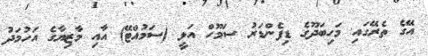
އޭގެ ތެރޭގައި މަހިބަދޫގެ ޑިފެންޑަރު ސަމޫހް އަލީ (ސަމުއްޓޭ) އާއި މާޒިޔާގެ އަހުމަދު